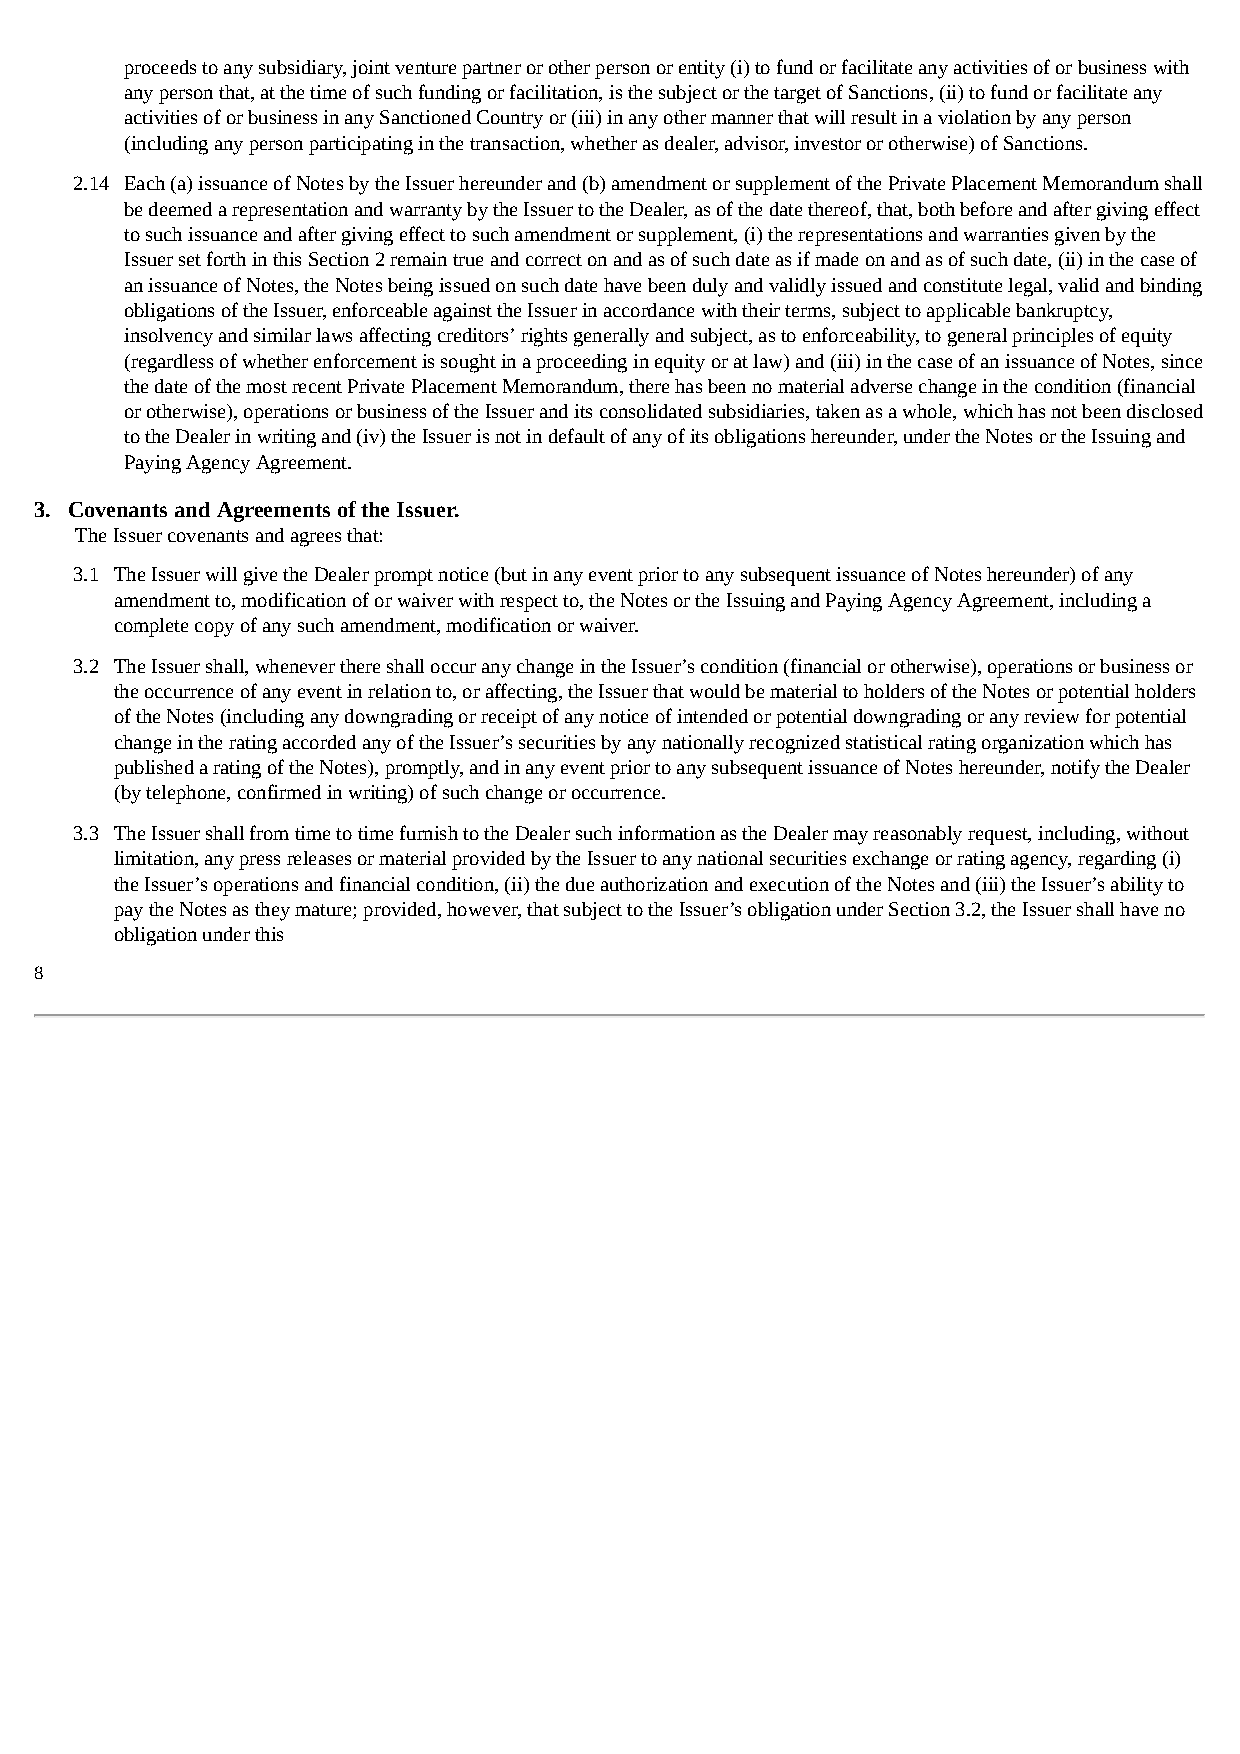
proceeds to any subsidiary, joint venture partner or other person or entity (i) to fund or facilitate any activities of or business with
 any person that, at the time of such funding or facilitation, is the subject or the target of Sanctions, (ii) to fund or facilitate any
 activities of or business in any Sanctioned Country or (iii) in any other manner that will result in a violation by any person
 (including any person participating in the transaction, whether as dealer, advisor, investor or otherwise) of Sanctions.
 2.14 Each (a) issuance of Notes by the Issuer hereunder and (b) amendment or supplement of the Private Placement Memorandum shall
 be deemed a representation and warranty by the Issuer to the Dealer, as of the date thereof, that, both before and after giving effect
 to such issuance and after giving effect to such amendment or supplement, (i) the representations and warranties given by the
 Issuer set forth in this Section 2 remain true and correct on and as of such date as if made on and as of such date, (ii) in the case of
 an issuance of Notes, the Notes being issued on such date have been duly and validly issued and constitute legal, valid and binding
 obligations of the Issuer, enforceable against the Issuer in accordance with their terms, subject to applicable bankruptcy,
 insolvency and similar laws affecting creditors’ rights generally and subject, as to enforceability, to general principles of equity
 (regardless of whether enforcement is sought in a proceeding in equity or at law) and (iii) in the case of an issuance of Notes, since
 the date of the most recent Private Placement Memorandum, there has been no material adverse change in the condition (financial
 or otherwise), operations or business of the Issuer and its consolidated subsidiaries, taken as a whole, which has not been disclosed
 to the Dealer in writing and (iv) the Issuer is not in default of any of its obligations hereunder, under the Notes or the Issuing and
 Paying Agency Agreement.
 3. Covenants and Agreements of the Issuer.
 The Issuer covenants and agrees that:
 3.1 The Issuer will give the Dealer prompt notice (but in any event prior to any subsequent issuance of Notes hereunder) of any
 amendment to, modification of or waiver with respect to, the Notes or the Issuing and Paying Agency Agreement, including a
 complete copy of any such amendment, modification or waiver.
 3.2 The Issuer shall, whenever there shall occur any change in the Issuer’s condition (financial or otherwise), operations or business or
 the occurrence of any event in relation to, or affecting, the Issuer that would be material to holders of the Notes or potential holders
 of the Notes (including any downgrading or receipt of any notice of intended or potential downgrading or any review for potential
 change in the rating accorded any of the Issuer’s securities by any nationally recognized statistical rating organization which has
 published a rating of the Notes), promptly, and in any event prior to any subsequent issuance of Notes hereunder, notify the Dealer
 (by telephone, confirmed in writing) of such change or occurrence.
 3.3 The Issuer shall from time to time furnish to the Dealer such information as the Dealer may reasonably request, including, without
 limitation, any press releases or material provided by the Issuer to any national securities exchange or rating agency, regarding (i)
 the Issuer’s operations and financial condition, (ii) the due authorization and execution of the Notes and (iii) the Issuer’s ability to
 pay the Notes as they mature; provided, however, that subject to the Issuer’s obligation under Section 3.2, the Issuer shall have no
 obligation under this
 8